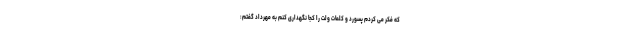
که فکر می کردم پسورد و کلمات ولت را کجا نگهداری کنم به مهرداد گفتم: